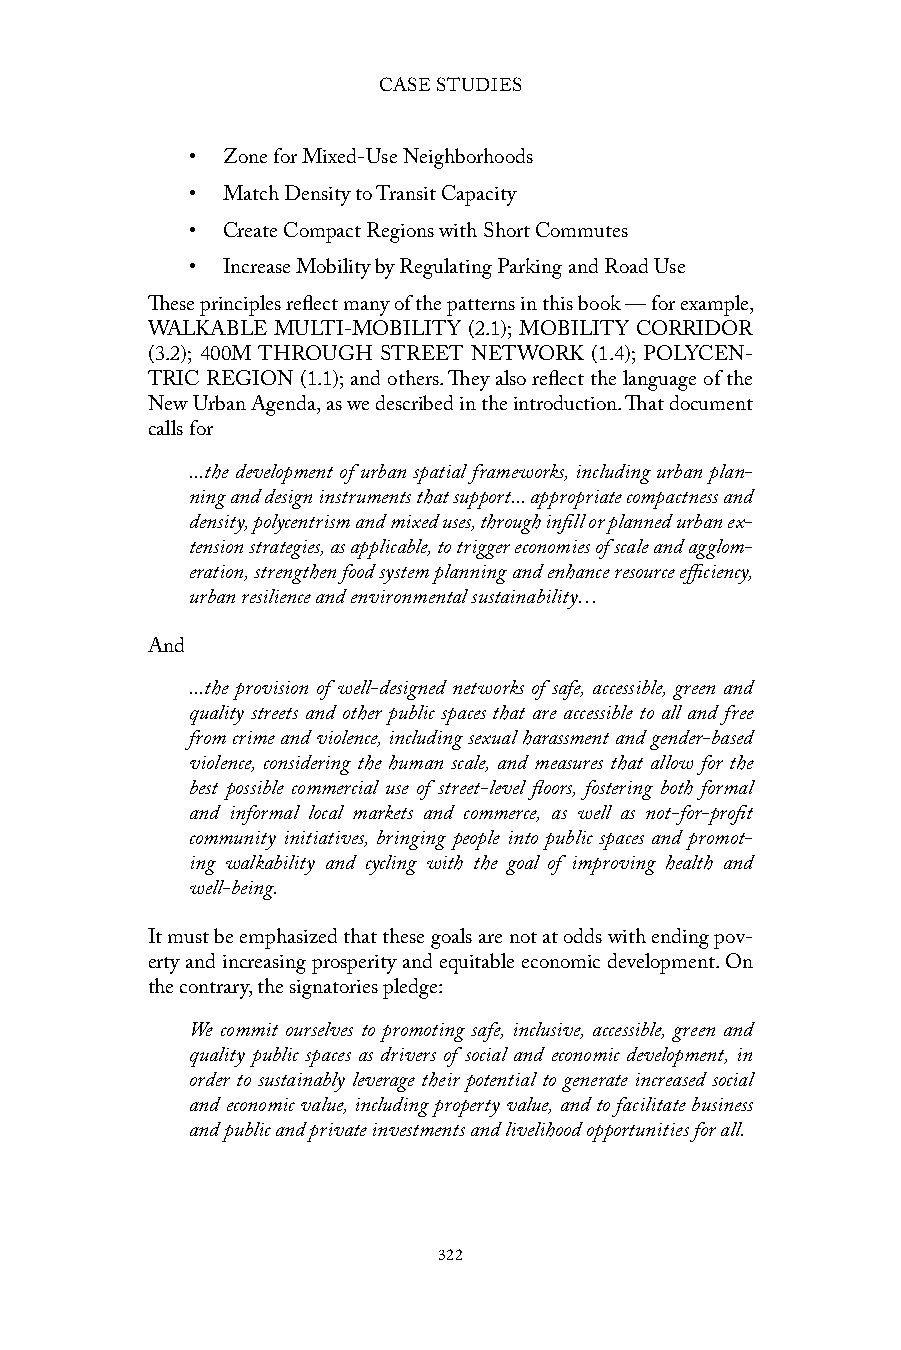
CASE STUDIES
 • Zone for Mixed-Use Neighborhoods
 • Match Density to Transit Capacity
 • Create Compact Regions with Short Commutes
 • Increase Mobility by Regulating Parking and Road Use
 These principles reflect many of the patterns in this book — for example,
 WALKABLE MULTI-MOBILITY (2.1); MOBILITY CORRIDOR
 (3.2); 400M THROUGH STREET NETWORK (1.4); POLYCEN-
 TRIC REGION (1.1); and others. They also reflect the language of the
 New Urban Agenda, as we described in the introduction. That document
 calls for
 ...the development of urban spatial frameworks, including urban plan-
 ning and design instruments that support... appropriate compactness and
 density, polycentrism and mixed uses, through infill or planned urban ex-
 tension strategies, as applicable, to trigger economies of scale and agglom-
 eration, strengthen food system planning and enhance resource efficiency,
 urban resilience and environmental sustainability…
 And
 ...the provision of well-designed networks of safe, accessible, green and
 quality streets and other public spaces that are accessible to all and free
 from crime and violence, including sexual harassment and gender-based
 violence, considering the human scale, and measures that allow for the
 best possible commercial use of street-level floors, fostering both formal
 and informal local markets and commerce, as well as not-for-profit
 community initiatives, bringing people into public spaces and promot-
 ing walkability and cycling with the goal of improving health and
 well-being.
 It must be emphasized that these goals are not at odds with ending pov-
 erty and increasing prosperity and equitable economic development. On
 the contrary, the signatories pledge:
 We commit ourselves to promoting safe, inclusive, accessible, green and
 quality public spaces as drivers of social and economic development, in
 order to sustainably leverage their potential to generate increased social
 and economic value, including property value, and to facilitate business
 and public and private investments and livelihood opportunities for all.
 322